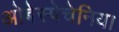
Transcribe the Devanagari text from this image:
ओबेस्पेचेनिया